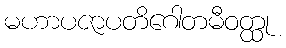
မဟာပဇာပတိဂေါတမီဝတ္ထု